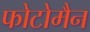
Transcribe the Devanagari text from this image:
फोटोमैन